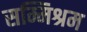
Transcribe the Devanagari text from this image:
सम्मिश्रम